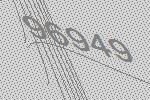
96949